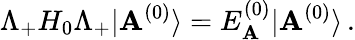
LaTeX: \Lambda_{+}H_{0}\Lambda_{+}|\mathbf{A}^{(0)}\rangle=E_{\mathbf{A}}^{(0)}|\mathbf{A}^{(0)}\rangle\, .